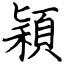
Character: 穎